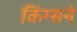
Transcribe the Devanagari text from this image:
किंग्सने